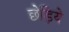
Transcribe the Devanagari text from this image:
छेड़िये